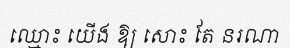
ឈ្មោះ យើង ឱ្យ សោះ តែ នរណា